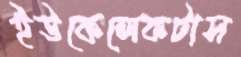
ইউকেলেকটাস